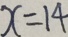
x = 1 4